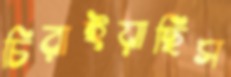
চিরাইয়াছিস